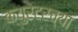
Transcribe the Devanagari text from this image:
क्युरेटरच्या